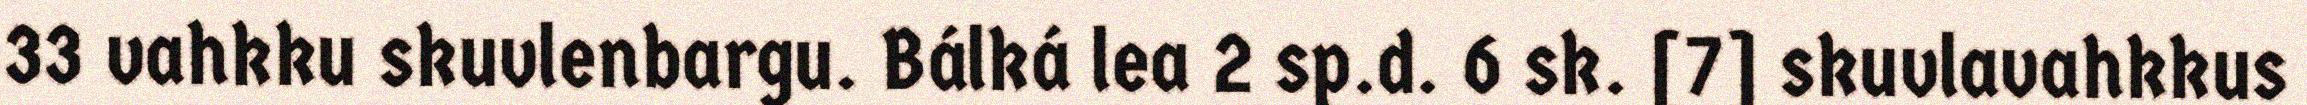
33 vahkku skuvlenbargu. Bálká lea 2 sp.d. 6 sk. [7] skuvlavahkkus